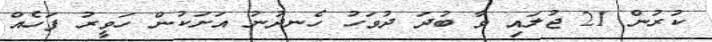
ކުރުން 21 ޖުލައި ވާ ބުދަ ދުވަހު ހެނދުނު އަށަކުން ހަވީރު ފަހެއް